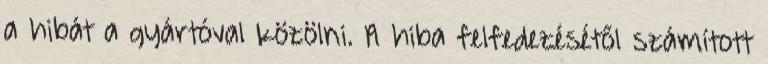
a hibát a gyártóval közölni. A hiba felfedezésétől számított